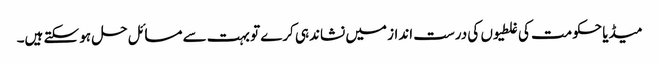
میڈیا حکومت کی غلطیوں کی درست انداز میں نشاندہی کرے تو بہت سے مسائل حل ہو سکتے ہیں۔